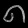
Digit: ၈